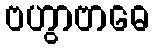
ဗဟွာဗာဓေ